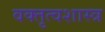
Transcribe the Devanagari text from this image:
वक्‍तृत्वशास्त्र